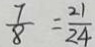
\frac { 7 } { 8 } = \frac { 2 1 } { 2 4 }